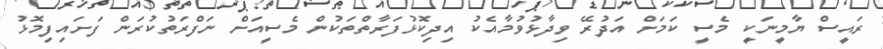
ރައީސް ޔާމީނަކީ މެސީ ކަމަށް އަދުރޭ ވިދާޅުވުމާއެކު އިދިކޮޅުފަރާތްތަކުން މެސީއަށް ނަފްރަތުކުރަން ފަށައިފިމޮޅު